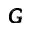
\pmb { G }